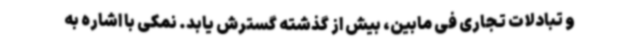
و تبادلات تجاری فی مابین، بیش از گذشته گسترش یابد. نمکی با اشاره به